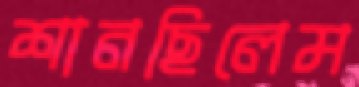
শানছিলেম